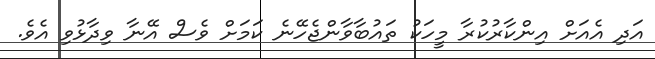
އަދި އެއަށް އިންކާރުކުރާ މީހަކު ތައުބާވާންޖެހޭނެ ކަމަށް ވެސް އޭނާ ވިދާޅުވި އެވެ.